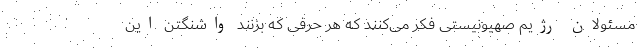
مسئولان رژیم صهیونیستی فکر می‌کنند که هر حرفی که بزنند واشنگتن این